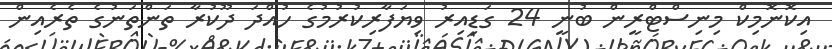
އިކޮނޮމިކް މިނިސްޓްރީން ބުނީ 24 ގަޑިއިރު ވިޔަފާރިކުރުމުގެ ހުއްދަ ދޫކުރާ ތަންތަނުގެ ތެރެއިން